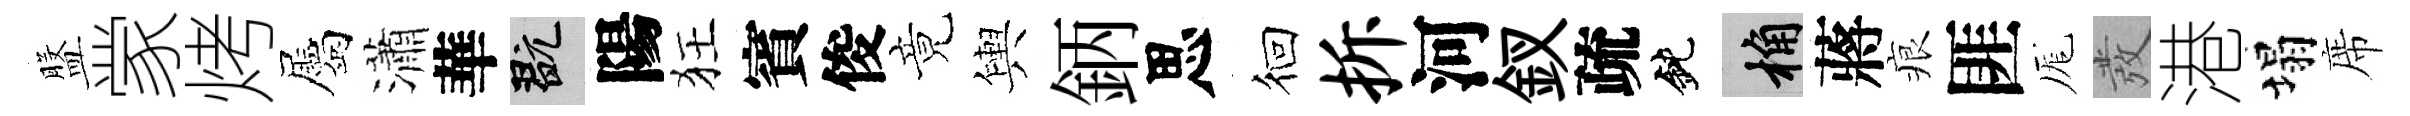
盤䝉烤屬瀟華玩陽狂賓俊竟輿鈵思徊拆河釵疏鈍桷蔣痕匪厖發港塌席